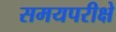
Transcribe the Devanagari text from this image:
समयपरीक्षे